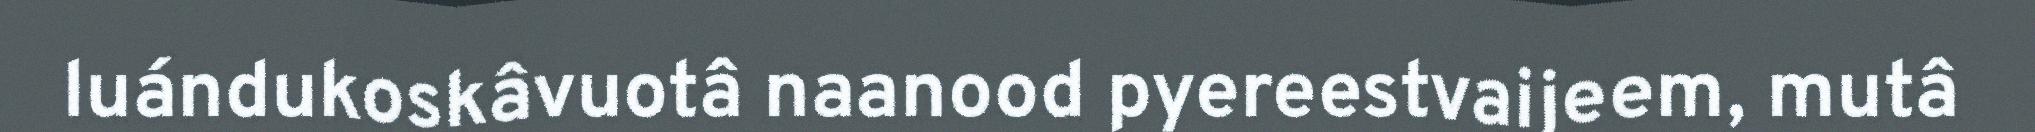
luándukoskâvuotâ naanood pyereestvaijeem, mutâ